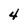
Character: 4